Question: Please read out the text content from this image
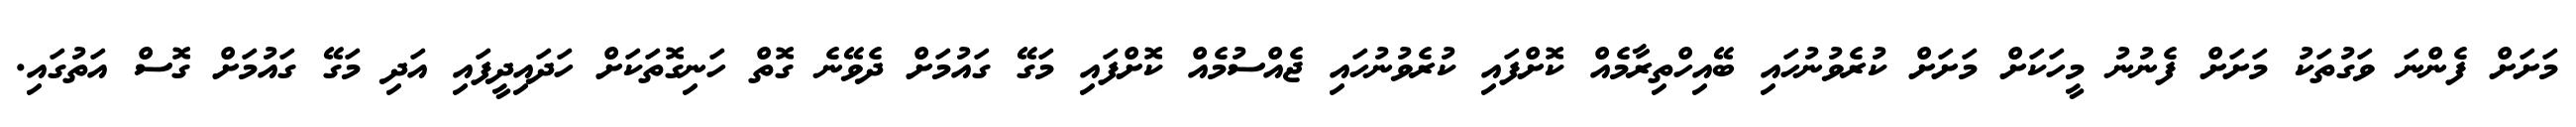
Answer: މަށަށް ފެންނަ ވަގުތަކު މަށަށް ފެނުނު މީހަކަށް މަށަށް ކުރެވުނުހައި ބޭއިހްތިރާމެއް ކޮށްފައި ކުރެވުނުހައި ޖެއްސުމެއް ކޮށްފައި މަގޭ ގައުމަށް ދެވޭނެ ގޮތް ހަނިގޮތަކަށް ހަދައިދީފައި އަދި މަގޭ ގައުމަށް ގޮސް އަތުގައި.